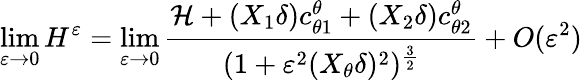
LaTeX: \operatorname*{lim}_{\varepsilon\to 0}H^{\varepsilon}=\operatorname*{lim}_{\varepsilon\to 0}\frac{\mathcal{H}+(X_{1}\delta)c_{\theta 1}^{\theta}+(X_{2}\delta)c_{\theta 2}^{\theta}}{(1+\varepsilon^{2}(X_{\theta}\delta)^{2})^{\frac{3}{2}}}+O(\varepsilon^{2})